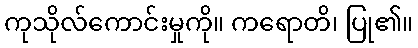
ကုသိုလ်ကောင်းမှုကို။ ကရောတိ၊ ပြု၏။